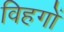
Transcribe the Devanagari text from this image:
विहगों